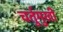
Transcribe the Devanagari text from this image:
चर्तुमुखी